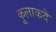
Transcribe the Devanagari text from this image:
कूलाकदै